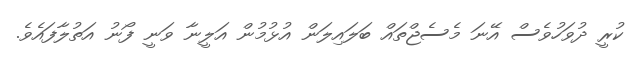
ކުރީ ދުވަހުވެސް އޭނަ މެސެޖްތައް ބަލައިލަން އުޅުމުން އަލީނާ ވަނީ ފޯނު އަތުލާފައެވެ.